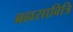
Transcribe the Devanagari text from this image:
ब्रह्मसावित्रि